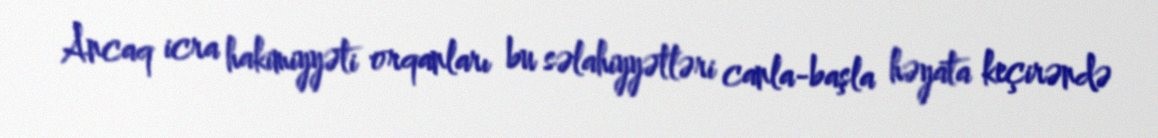
Ancaq icra hakimiyyəti orqanları bu səlahiyyətləri canla-başla həyata keçirəndə